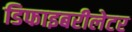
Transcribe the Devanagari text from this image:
डिफाइबरीलेटर